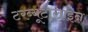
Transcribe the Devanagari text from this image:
टरब्यूटालाइन